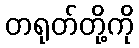
တရုတ်တို့ကို